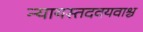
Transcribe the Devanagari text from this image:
न्यायस्तदवयवाश्च